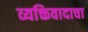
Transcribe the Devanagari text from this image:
व्यक्तिवादाचा